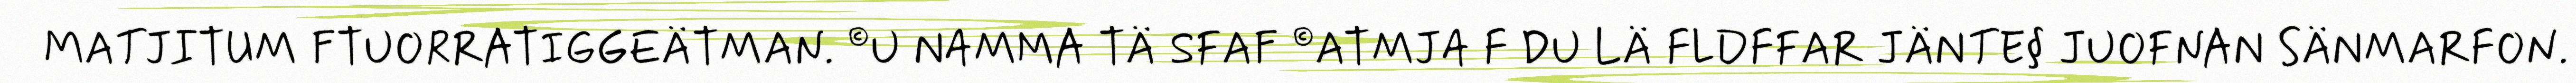
MATJITUM FTUORRATIGGEÄTMAN. ©U NAMMA TÄ SFAF ©ATMJA F DU LÄ FLDFFAR JÄNTE§ JUOFNAN SÄNMARFON.